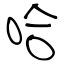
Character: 哈